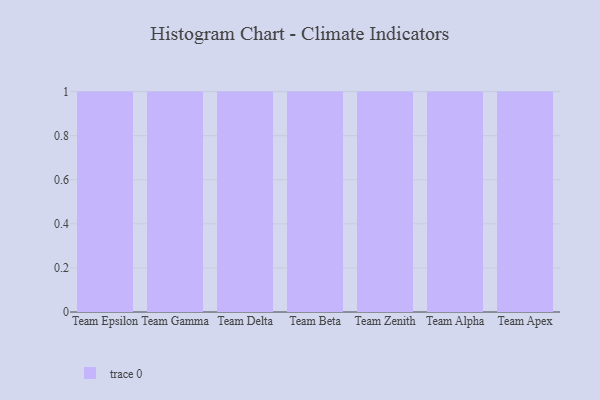
{"axis": {"x": "Team", "y": "Gross Profit (USD K)"}, "legend": [""], "data": [{"x": "Team Epsilon", "y": 76, "type": ""}, {"x": "Team Gamma", "y": 35, "type": ""}, {"x": "Team Delta", "y": 81, "type": ""}, {"x": "Team Beta", "y": 38, "type": ""}, {"x": "Team Zenith", "y": 69, "type": ""}, {"x": "Team Alpha", "y": 91, "type": ""}, {"x": "Team Apex", "y": 31, "type": ""}]}